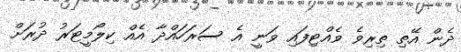
ދެން އޭތި ތިރިވެ ވެއްޓިފައި ވަނީ އެ ސަރަހައްދާ އެއް ކިލޯމީޓަރު ދުރަށް